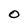
Character: O